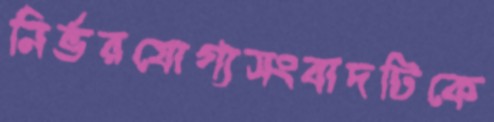
নির্ভরযোগ্যসংবাদটিকে